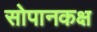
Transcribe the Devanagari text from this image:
सोपानकक्ष